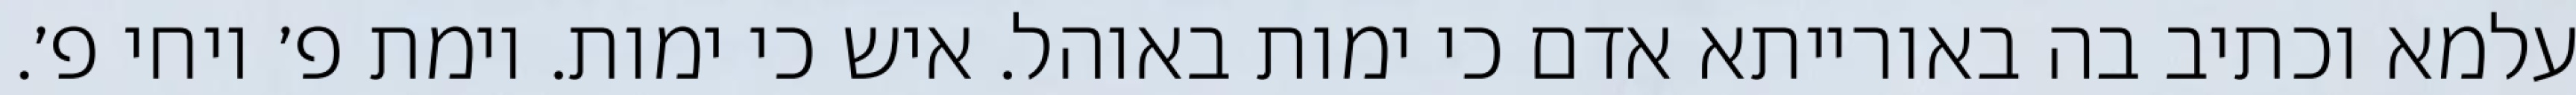
עלמא וכתיב בה באורייתא אדם כי ימות באוהל. איש כי ימות. וימת פ׳ ויחי פ׳.